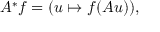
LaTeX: A ^ { * } f = ( u \mapsto f ( A u ) ) ,